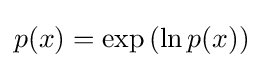
p(x)=\exp {(\ln {p(x)})}